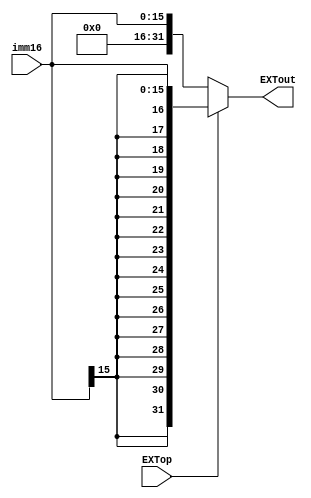
module EXT (
    input [15:0] imm16,
    input EXTop,
    output [31:0] EXTout
);

    assign EXTout = EXTop ? {{16{imm16[15]}}, imm16} : {{16{1'b0}}, imm16};
    
endmodule